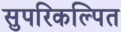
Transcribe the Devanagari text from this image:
सुपरिकल्पित